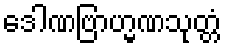
ဒေါဏဗြာဟ္မဏသုတ္တံ